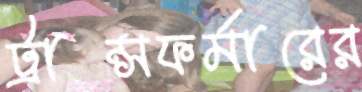
ট্রান্সফর্মারের